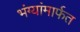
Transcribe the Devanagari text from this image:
भंग्यांमार्फत